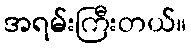
အရမ်းကြီးတယ်။